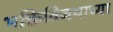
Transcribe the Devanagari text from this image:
भक्तिविजयाच्या